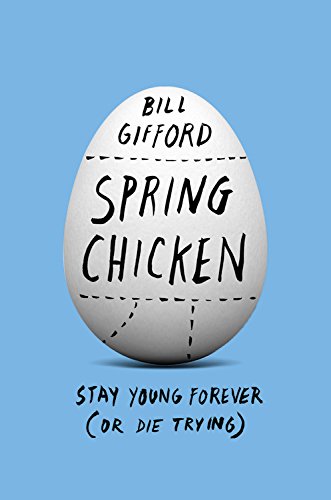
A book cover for Spring Chicken: Stay Young Forever (or Die Trying); Bill Gifford; Science & Math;